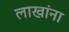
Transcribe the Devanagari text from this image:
लाखांना